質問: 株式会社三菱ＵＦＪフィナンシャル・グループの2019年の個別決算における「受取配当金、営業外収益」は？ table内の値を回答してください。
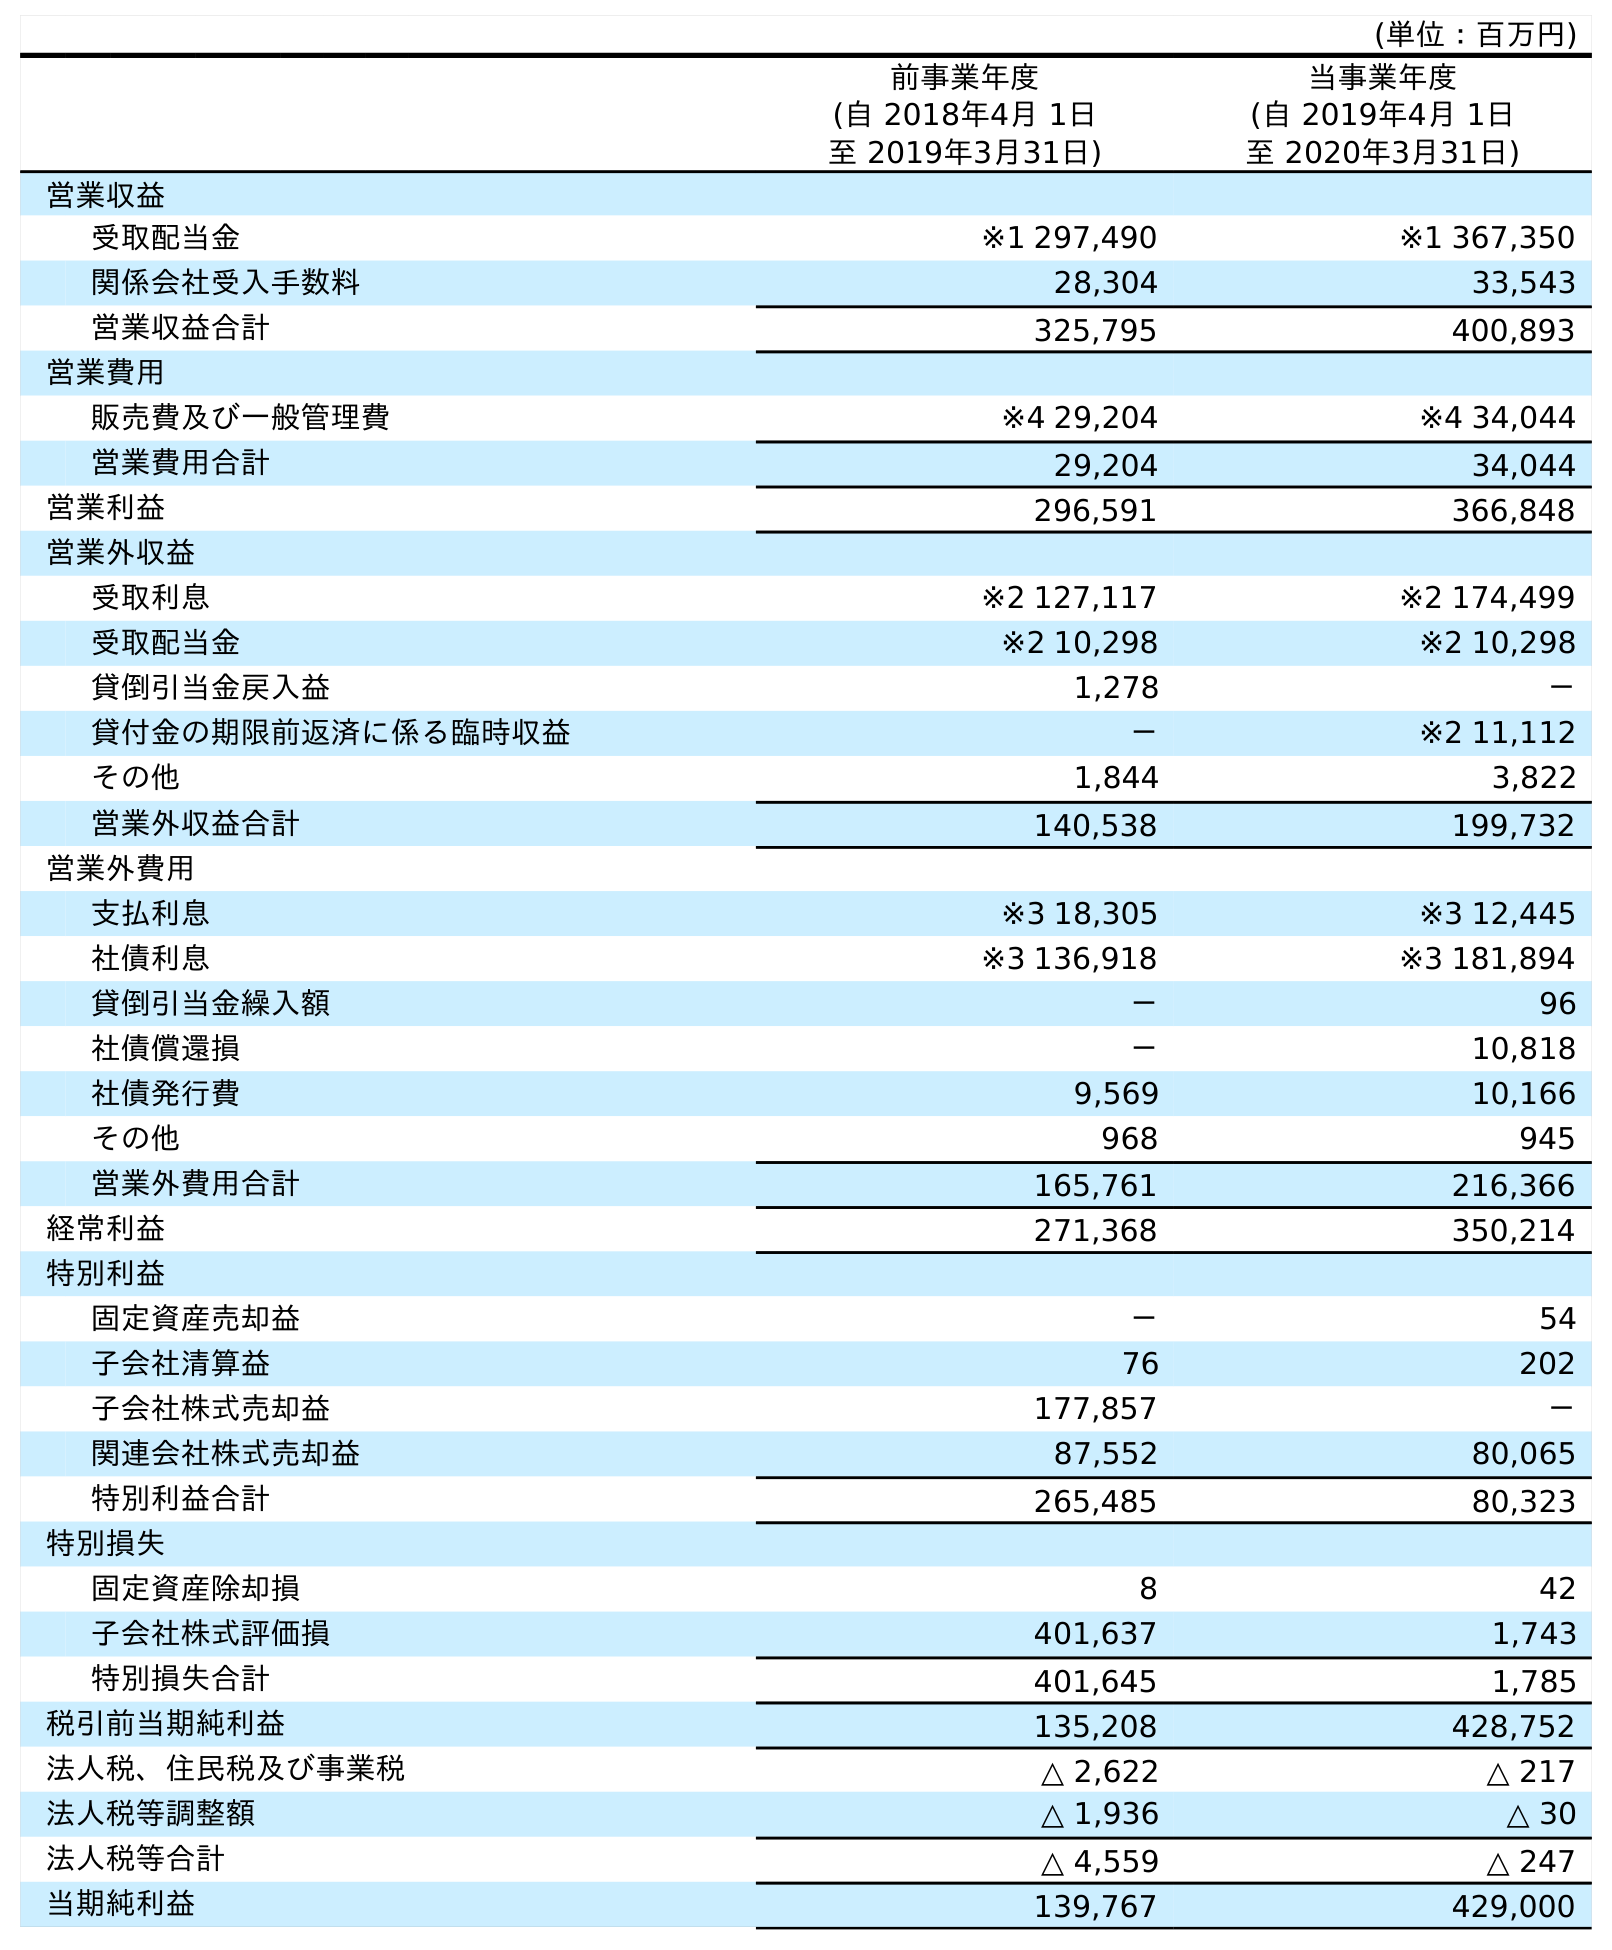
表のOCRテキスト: (単位：百万円) 前事業年度 (自 2018年4月 1日 至 2019年3月31日) 当事業年度 (自 2019年4月 1日 至 2020年3月31日) 営業収益 受取配当金 ※1 297,490 ※1 367,350 関係会社受入手数料 28,304 33,543 営業収益合計 325,795 400,893 営業費用 販売費及び一般管理費 ※4 29,204 ※4 34,044 営業費用合計 29,204 34,044 営業利益 296,591 366,848 営業外収益 受取利息 ※2 127,117 ※2 174,499 受取配当金 ※2 10,298 ※2 10,298 貸倒引当金戻入益 1,278 － 貸付金の期限前返済に係る臨時収益 － ※2 11,112 その他 1,844 3,822 営業外収益合計 140,538 199,732 営業外費用 支払利息 ※3 18,305 ※3 12,445 社債利息 ※3 136,918 ※3 181,894 貸倒引当金繰入額 － 96 社債償還損 － 10,818 社債発行費 9,569 10,166 その他 968 945 営業外費用合計 165,761 216,366 経常利益 271,368 350,214 特別利益 固定資産売却益 － 54 子会社清算益 76 202 子会社株式売却益 177,857 － 関連会社株式売却益 87,552 80,065 特別利益合計 265,485 80,323 特別損失 固定資産除却損 8 42 子会社株式評価損 401,637 1,743 特別損失合計 401,645 1,785 税引前当期純利益 135,208 428,752 法人税、住民税及び事業税 △ 2,622 △ 217 法人税等調整額 △ 1,936 △ 30 法人税等合計 △ 4,559 △ 247 当期純利益 139,767 429,000
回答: ※210,298